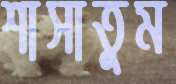
শাসাতুম